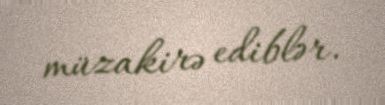
müzakirə ediblər.